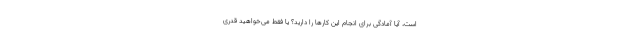
است، آیا آمادگی برای انجام این کارها را دارید؟ یا فقط می‌خواهید قدری